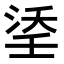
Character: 𭰶